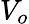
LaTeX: V_{o}